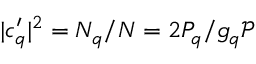
| c _ { q } ^ { \prime } | ^ { 2 } = N _ { q } / N = 2 P _ { q } / g _ { q } \mathcal { P }